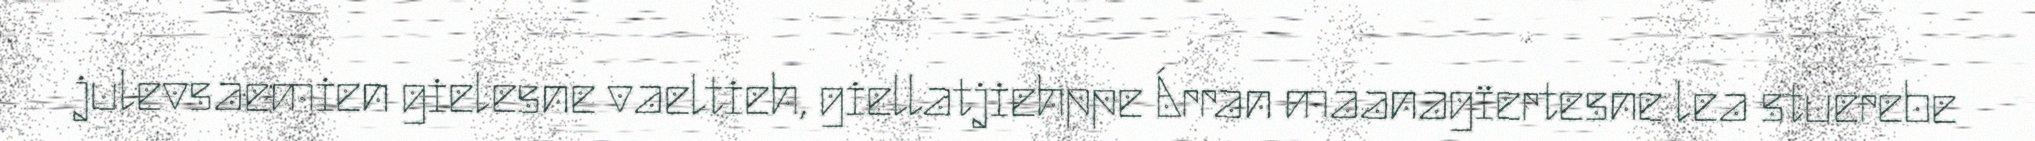
julevsaemien gielesne vaeltieh, giellatjiehppe Árran maanagïertesne lea stuerebe